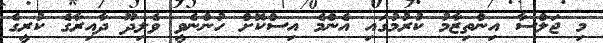
މި ޖަލްސާ އިންތިޒާމު ކުރުމުގައި އެންމެ އިސްކޮށް ހުންނެވީ ވެލިދޫ ދާއިރާގެ ކުރީގެ